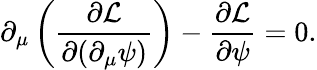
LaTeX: \partial_{\mu}\left({\frac{\partial{\mathcal{L}}}{\partial(\partial_{\mu}\psi)}}\right)-{\frac{\partial{\mathcal{L}}}{\partial\psi}}=0.